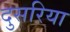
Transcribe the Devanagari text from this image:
दुसरिया